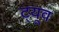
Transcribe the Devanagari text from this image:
ट्यूव